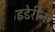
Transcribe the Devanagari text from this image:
इडेरीन